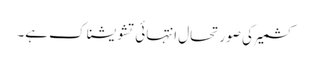
کشمیر کی صورتحال انتہائی تشویشناک ہے۔